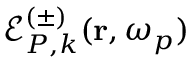
\mathcal { E } _ { P , k } ^ { ( \pm ) } ( \mathbf { r } , \omega _ { p } )